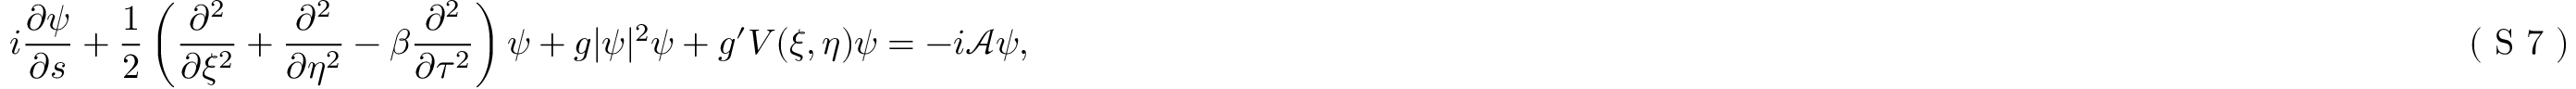
i \frac { \partial \psi } { \partial s } + \frac { 1 } { 2 } \left( \frac { \partial ^ { 2 } } { \partial \xi ^ { 2 } } + \frac { \partial ^ { 2 } } { \partial \eta ^ { 2 } } - \beta \frac { \partial ^ { 2 } } { \partial \tau ^ { 2 } } \right) \psi + g | \psi | ^ { 2 } \psi + g ^ { \prime } V ( \xi , \eta ) \psi = - i \mathcal { A } \psi , \eqno { ( \textrm { S 7 } ) }